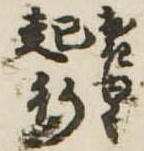
起行